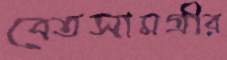
বেতসামগ্রীর